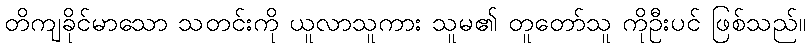
တိကျခိုင်မာသော သတင်းကို ယူလာသူကား သူမ၏ တူတော်သူ ကိုဦးပင် ဖြစ်သည်။